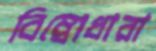
বিম্বোধারা